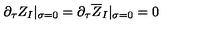
\partial _ { \tau } Z _ { I } | _ { \sigma = 0 } = \partial _ { \tau } \overline { { Z } } _ { I } | _ { \sigma = 0 } = 0